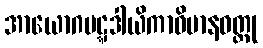
အာယောဂပဋ္ဋဒါယိကာဝိမာနဝတ္ထု